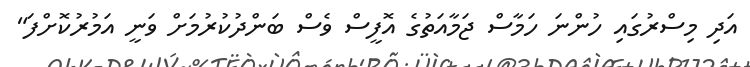
އަދި މިސްރުގައި ހުންނަ ހަމާސް ޖަމާއަތުގެ އޮފީސް ވެސް ބަންދުކުރުމަށް ވަނީ އަމުރުކޮށްފަ"